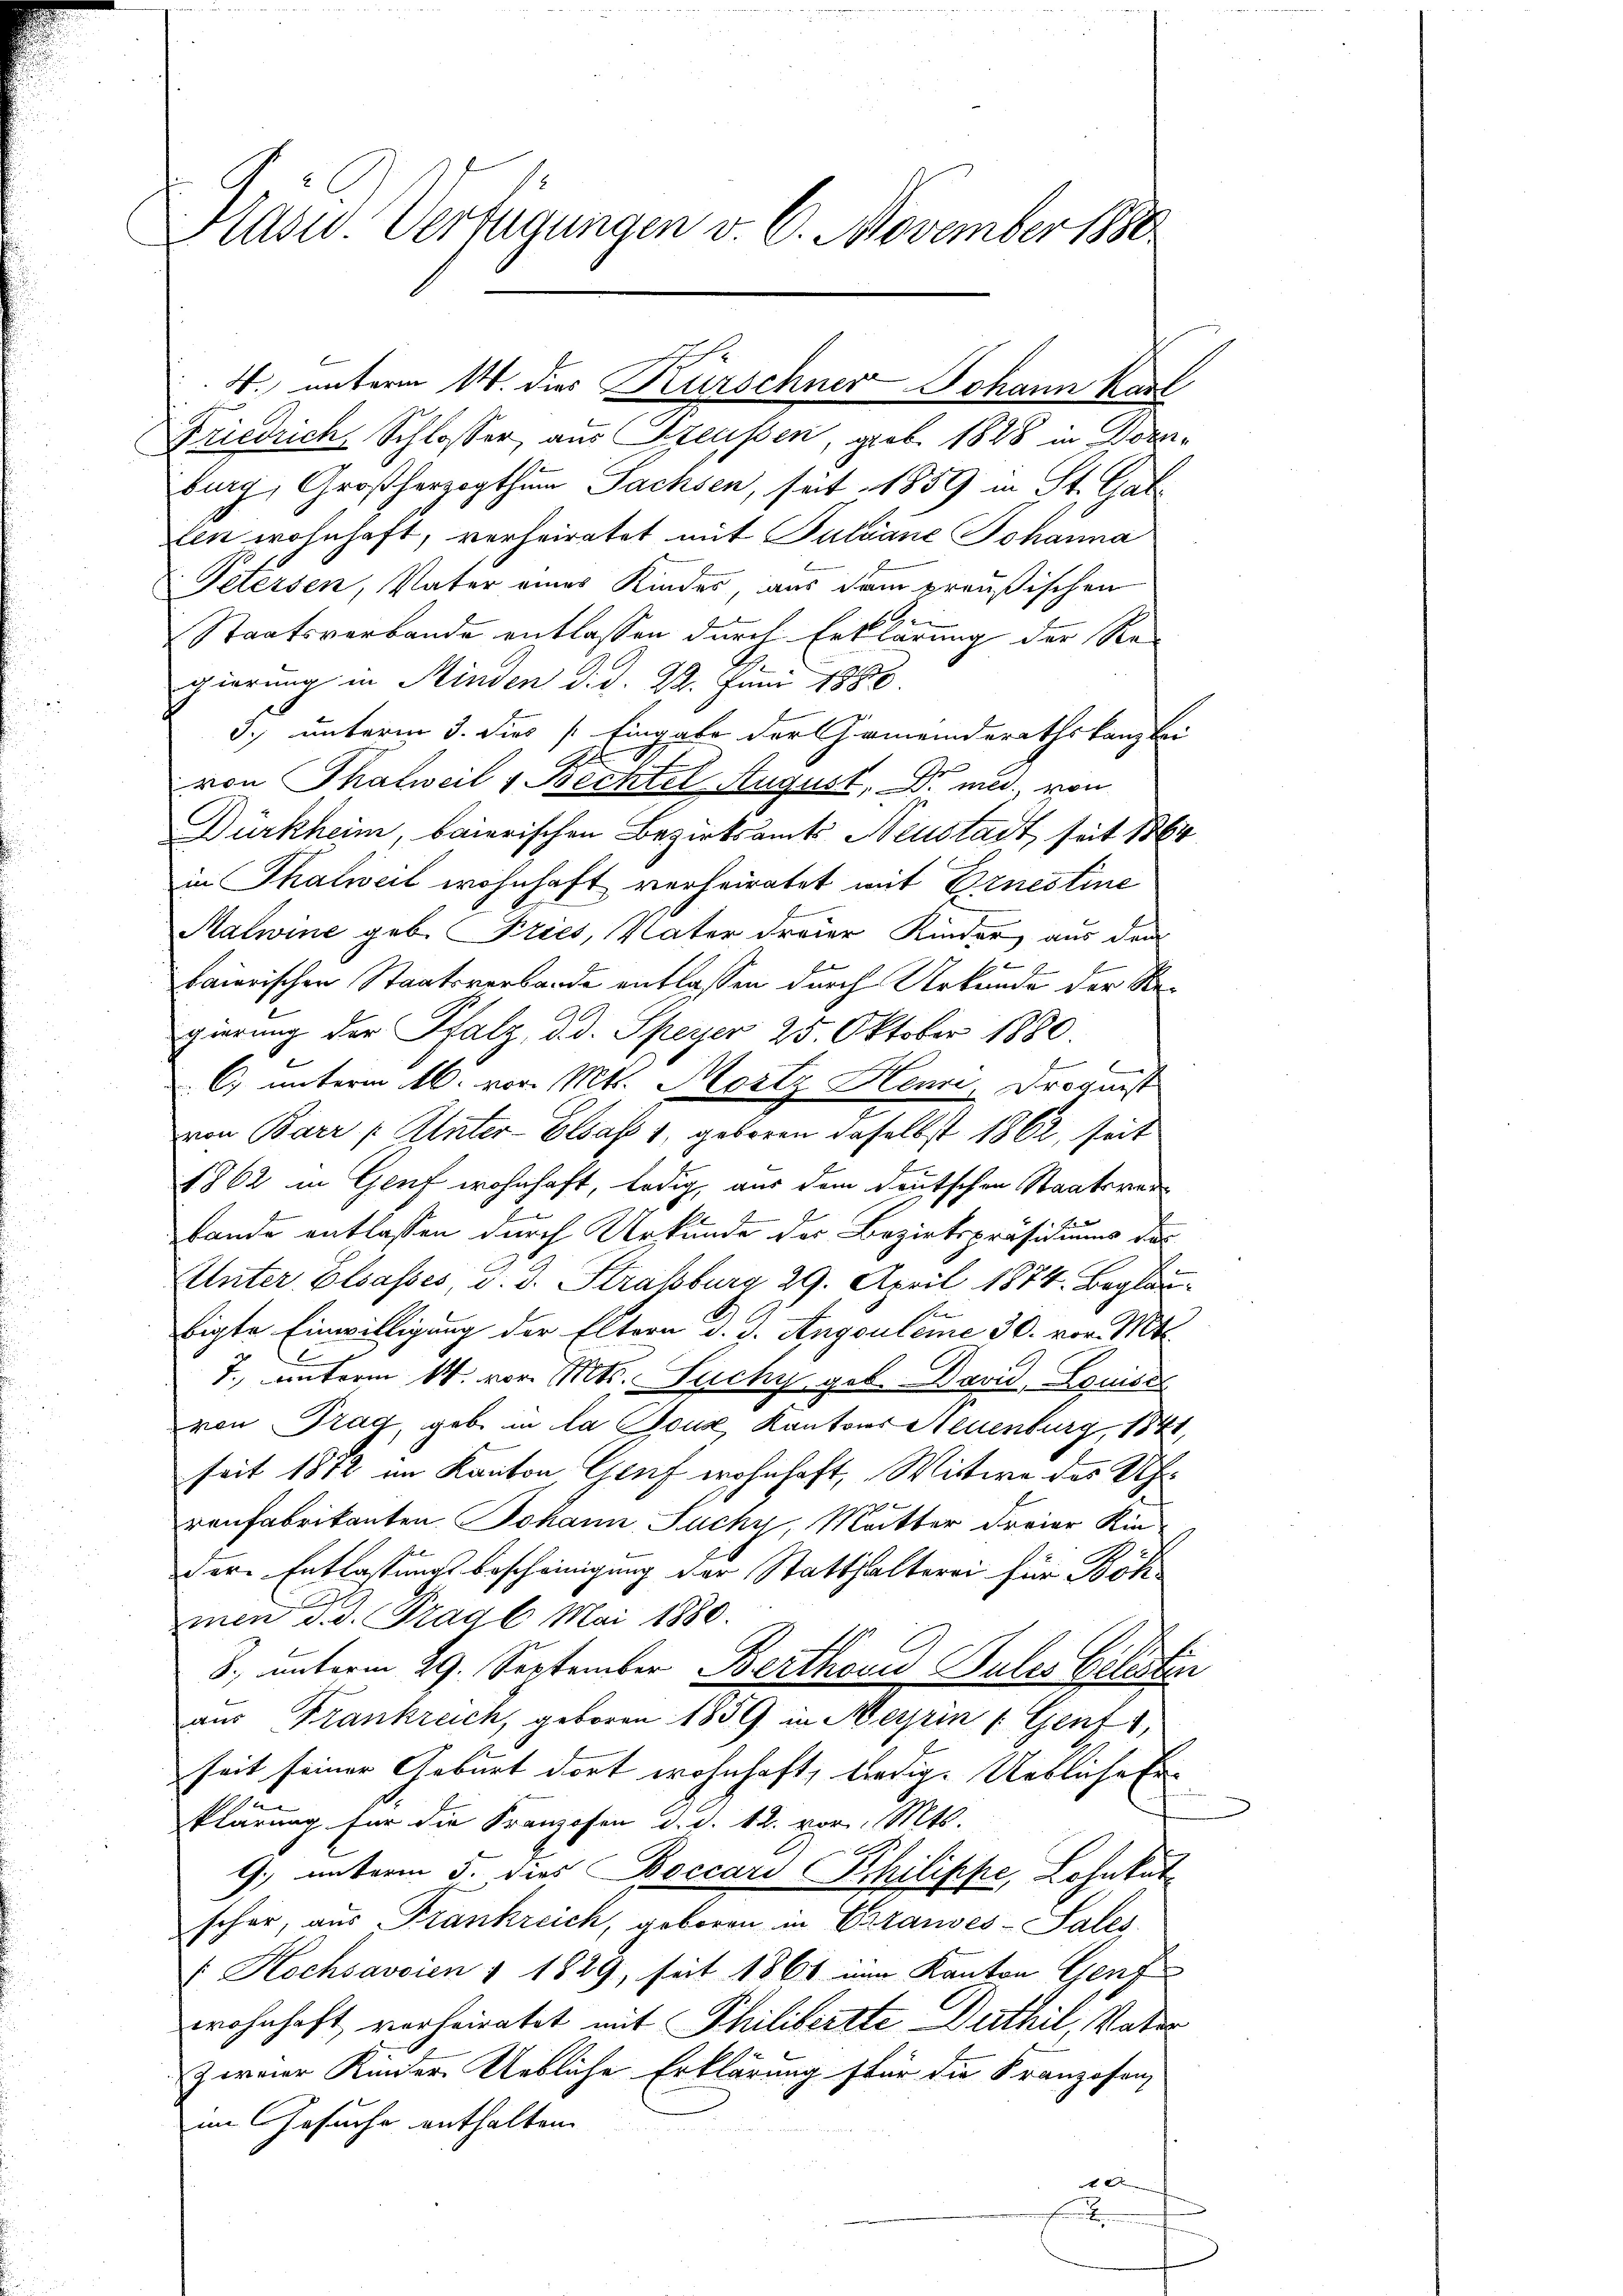
Prävid. Verfügungen v. 6. November 1880

Friedrich Schlosser, aus Freussen, geb. 1828 in Dornburg, Großherzogthum Sachsen, seit 1859 in St. Gal
len wohnhaft, verheiratet mit Pulváne Johanna
Petersen, Vater eines Kindes, aus dem preußischen
Staatsverbande entlassen durch Erklärung der Re-
gierung in Minden d. d. 22. Juni 1888.
3.) unterm 3. dies  Eingabe der Gemeinderathskanzlei
H
von Thalweil " Bechtel August, Dr. med. von
Dürkheim, baierischen Bezirksamts Neustadt, seit 1864
in Thalweil wohnhaft verheiratet mit Ernestine
Malwine geb. Pries, Vater dreier Kinder aus dem
6x
baierischen Staatsverbande entlassen durch Urkunde der Regierung der Pfalz, d. d. Speyer 25. Oktober 1880.
l
C. unterm 16. vor. Mts. Mostz Henzi, Drogunst
von Barr / Unter-Elsaß 1, geboren daselbst 1862 seit
1862 in Genf wohnhaft, ledig, aus dem deutschen Staatsrede
bande entlassen durch Urkunde des Bezirkspräsidiums des
Unter Elsasses, v. J. Straßburg 29. April 1874. Beglaubigte Einwilligung der Eltern d. J. Angouleme 30. vor. Mts.
7., unterm 14. vor. Mts. Suchy geb. David Louises
von Trag, gebe in la Soux, Kantons Neuenburg, 184
seit 1872 im Kanton Gruf wohnhaft, Witwe des Uh
ronfabrikanten Johann Suchy, Mutter Freier Kinder Entlassungsbescheinigung der Statthalterei für Böh
men d. d. Fragl. Mai 1880.
8., unterm 29. September Berthoud Sules Geldsten
aus Frankreich, geboren 1859 in Meyrin (Genf 1,
seit seiner Geburt dort wohnhaft, ledige Uetliche En
klärung für die Franzosen d. d. 12. vor. Mts.
9. unterm 5. dies Boccari Philippe, Lohnkutschon, aus Frankreich, geboren in Crauves-Sales
 Kochsavoien § 1829, seit 1861 nur Kanton Genf
wohnhaft verheiratet mit Philibertte Duthil, Vater
zornier Kinder Uebliche Erklärung für die Franzosen,
im Gesuche enthalten.
 D
e

4. unterm 14. dies Kurschner Johann Karl